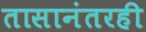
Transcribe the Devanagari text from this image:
तासानंतरही